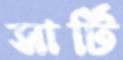
সার্টি